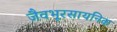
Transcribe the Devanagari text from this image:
जैवभूरसायनिक